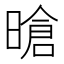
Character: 𪰻